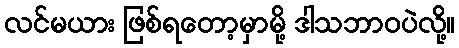
လင်မယား ဖြစ်ရတော့မှာမို့ ဒါသဘာဝပဲလို့။